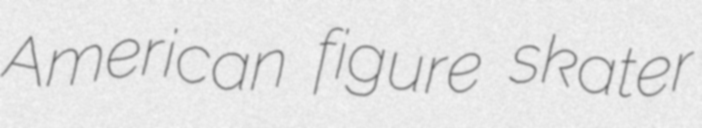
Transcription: American figure skater